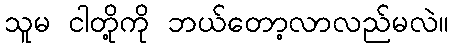
သူမ ငါတို့ကို ဘယ်တော့လာလည်မလဲ။